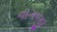
નાગજી